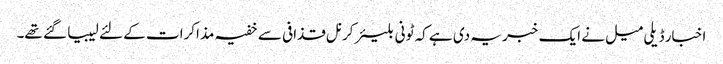
اخبار ڈیلی میل نے ایک خبر یہ دی ہے کہ ٹونی بلیئر کرنل قذافی سے خفیہ مذاکرات کے لئے لیبیا گئے تھے۔